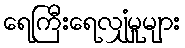
ရေကြီးရေလျှံမှုများ